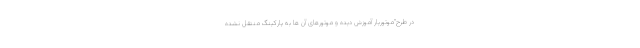
در طرح"موتوریار آموزش دیده و موتورهای آن ها به پارکینگ منتقل نشده